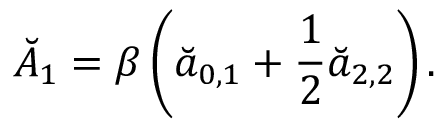
\breve { A } _ { 1 } = \beta \left( \breve { a } _ { 0 , 1 } + \frac 1 2 \breve { a } _ { 2 , 2 } \right) .